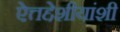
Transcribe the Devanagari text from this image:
ऐत्तद्देशीयांशी